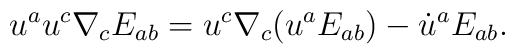
u^a u^c \nabla_c E_{ab} = u^c \nabla_c (u^a E_{ab}) - \dot u^a E_{ab}.